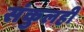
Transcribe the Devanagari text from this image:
संकुलही